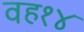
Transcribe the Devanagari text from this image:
वह१४